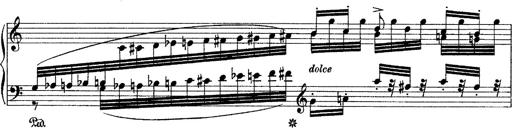
Title: Grande fantasie di bravura sur La clochette
Composer: Franz Liszt
Key: A minor